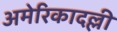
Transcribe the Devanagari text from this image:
अमेरिकादल्ली